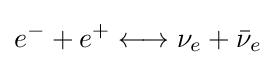
e^{-}+e^{+}\longleftrightarrow \nu _{e}+{\bar {\nu }}_{e}